Papers set at the Examination for Leaving Certificates, 1890
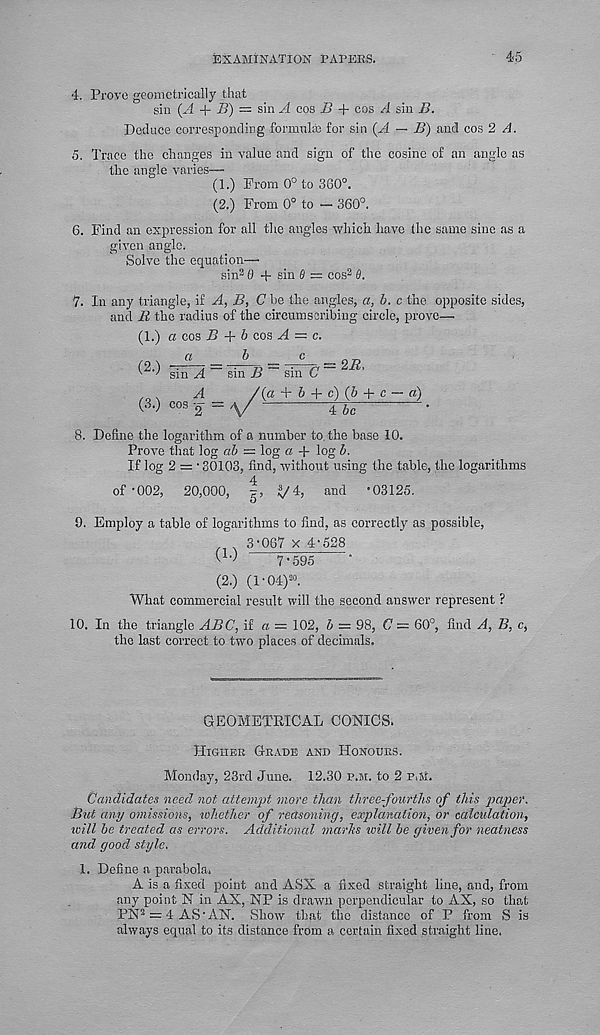
EXAMINATION tAPEES.
45
4. Prove geometrically that
sin (A + B) = sin A cos B + cos A sin B.
Deduce corresponding formulas for sin (A — B) and cos 2 A.
5. Trace the changes in value and sign of the cosine of an angle as
the angle varies—
(1.) From 0° to 360°.
(2.) From 0° to - 360°.
6. Find an expression for all the angles 'which have the same sine as a
given angle.
Solve the equation—
sin 2 0 + sin 6 = cos 2 8.
7. In any triangle, if A, B, C be the angles, a, b. c the opposite sides,
and li the radius of the circumscribing circle, prove—
(1.) a cos B + b cos A = c.
(2.) -^=-^ = ^=272.
v ' sm A sin B sm C
,
A
/(4 + b + c)§§> + c — a)
(3.) cos 2 =
•
8. Define the logarithm of a number to. the base 10.
Prove that log ab = log a + log b.
If log 2 = ■ 30103, find, without using the table, the logarithms
of-002, 20,000, |, ^/4, and •03125.
9. Employ a table of logarithms to find, as correctly as possible,
3•067 x 4-528
7-595
(2.) (1-04) 20 .
What commercial result will the second answer represent ?
10. In the triangle ABC, if a = 102, 5 = 98, C = 60°, find A, B, c,
the last correct to two places of decimals.
GEOMETRICAL CONICS.
Higher Grade and Honours.
Monday, 23rd June. 12.30 p.m. to 2 P.M.
Candidates need not attempt more than three-fourths of this paper.
But any omissions, whether of reasoning, explanation, or calculation,
will be treated as errors. Additional marks will be given for neatness
and good style.
1. Define a parabola.
A is a fixed point and ASX a fixed straight line, and, from
any point N in AX, NP is drawn perpendicular to AX, so that
PN 2 = 4AS‘AN. Show that the distance of P from S is
always equal to its distance from a certain fixed straight line.